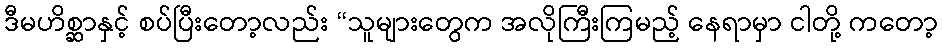
ဒီမဟိစ္ဆာနှင့် စပ်ပြီးတော့လည်း “သူများတွေက အလိုကြီးကြမည့် နေရာမှာ ငါတို့ ကတော့